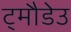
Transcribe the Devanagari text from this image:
ट्मौडेउ